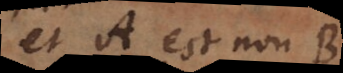
et A est non B